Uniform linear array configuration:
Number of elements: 48
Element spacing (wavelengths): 0.5
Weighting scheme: binomial
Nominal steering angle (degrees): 30
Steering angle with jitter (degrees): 29.816
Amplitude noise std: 0.05
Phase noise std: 0.05

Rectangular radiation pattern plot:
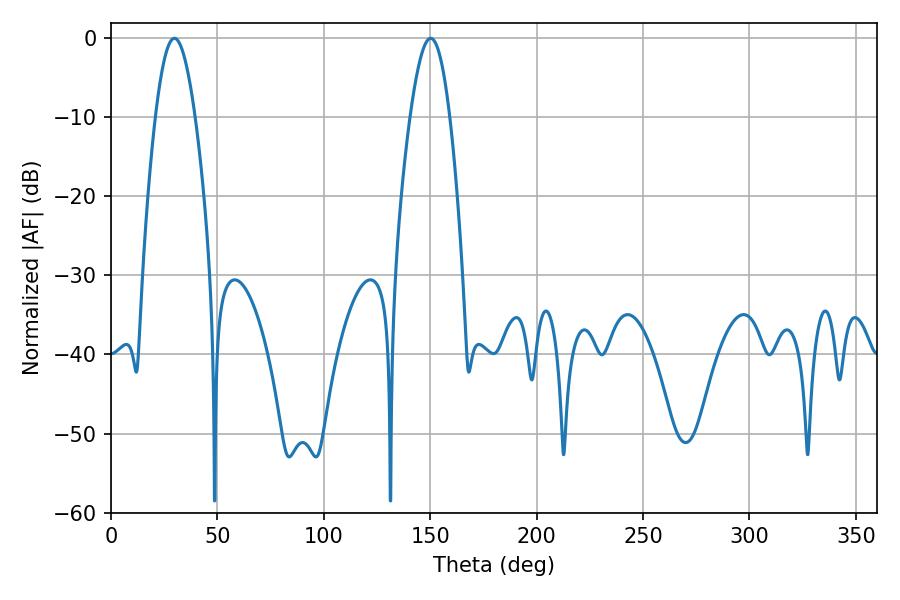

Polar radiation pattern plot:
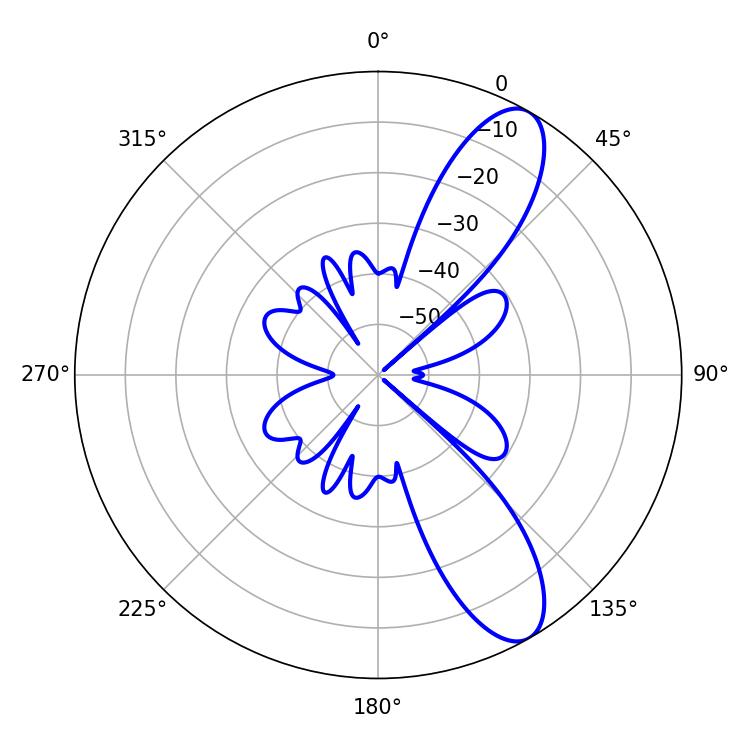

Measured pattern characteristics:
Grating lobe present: FALSE
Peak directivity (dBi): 10.212
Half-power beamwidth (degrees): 10.08
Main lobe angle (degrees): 29.88